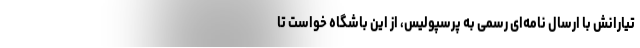
تیارانش با ارسال نامه‌ای رسمی به پرسپولیس، از این باشگاه خواست تا